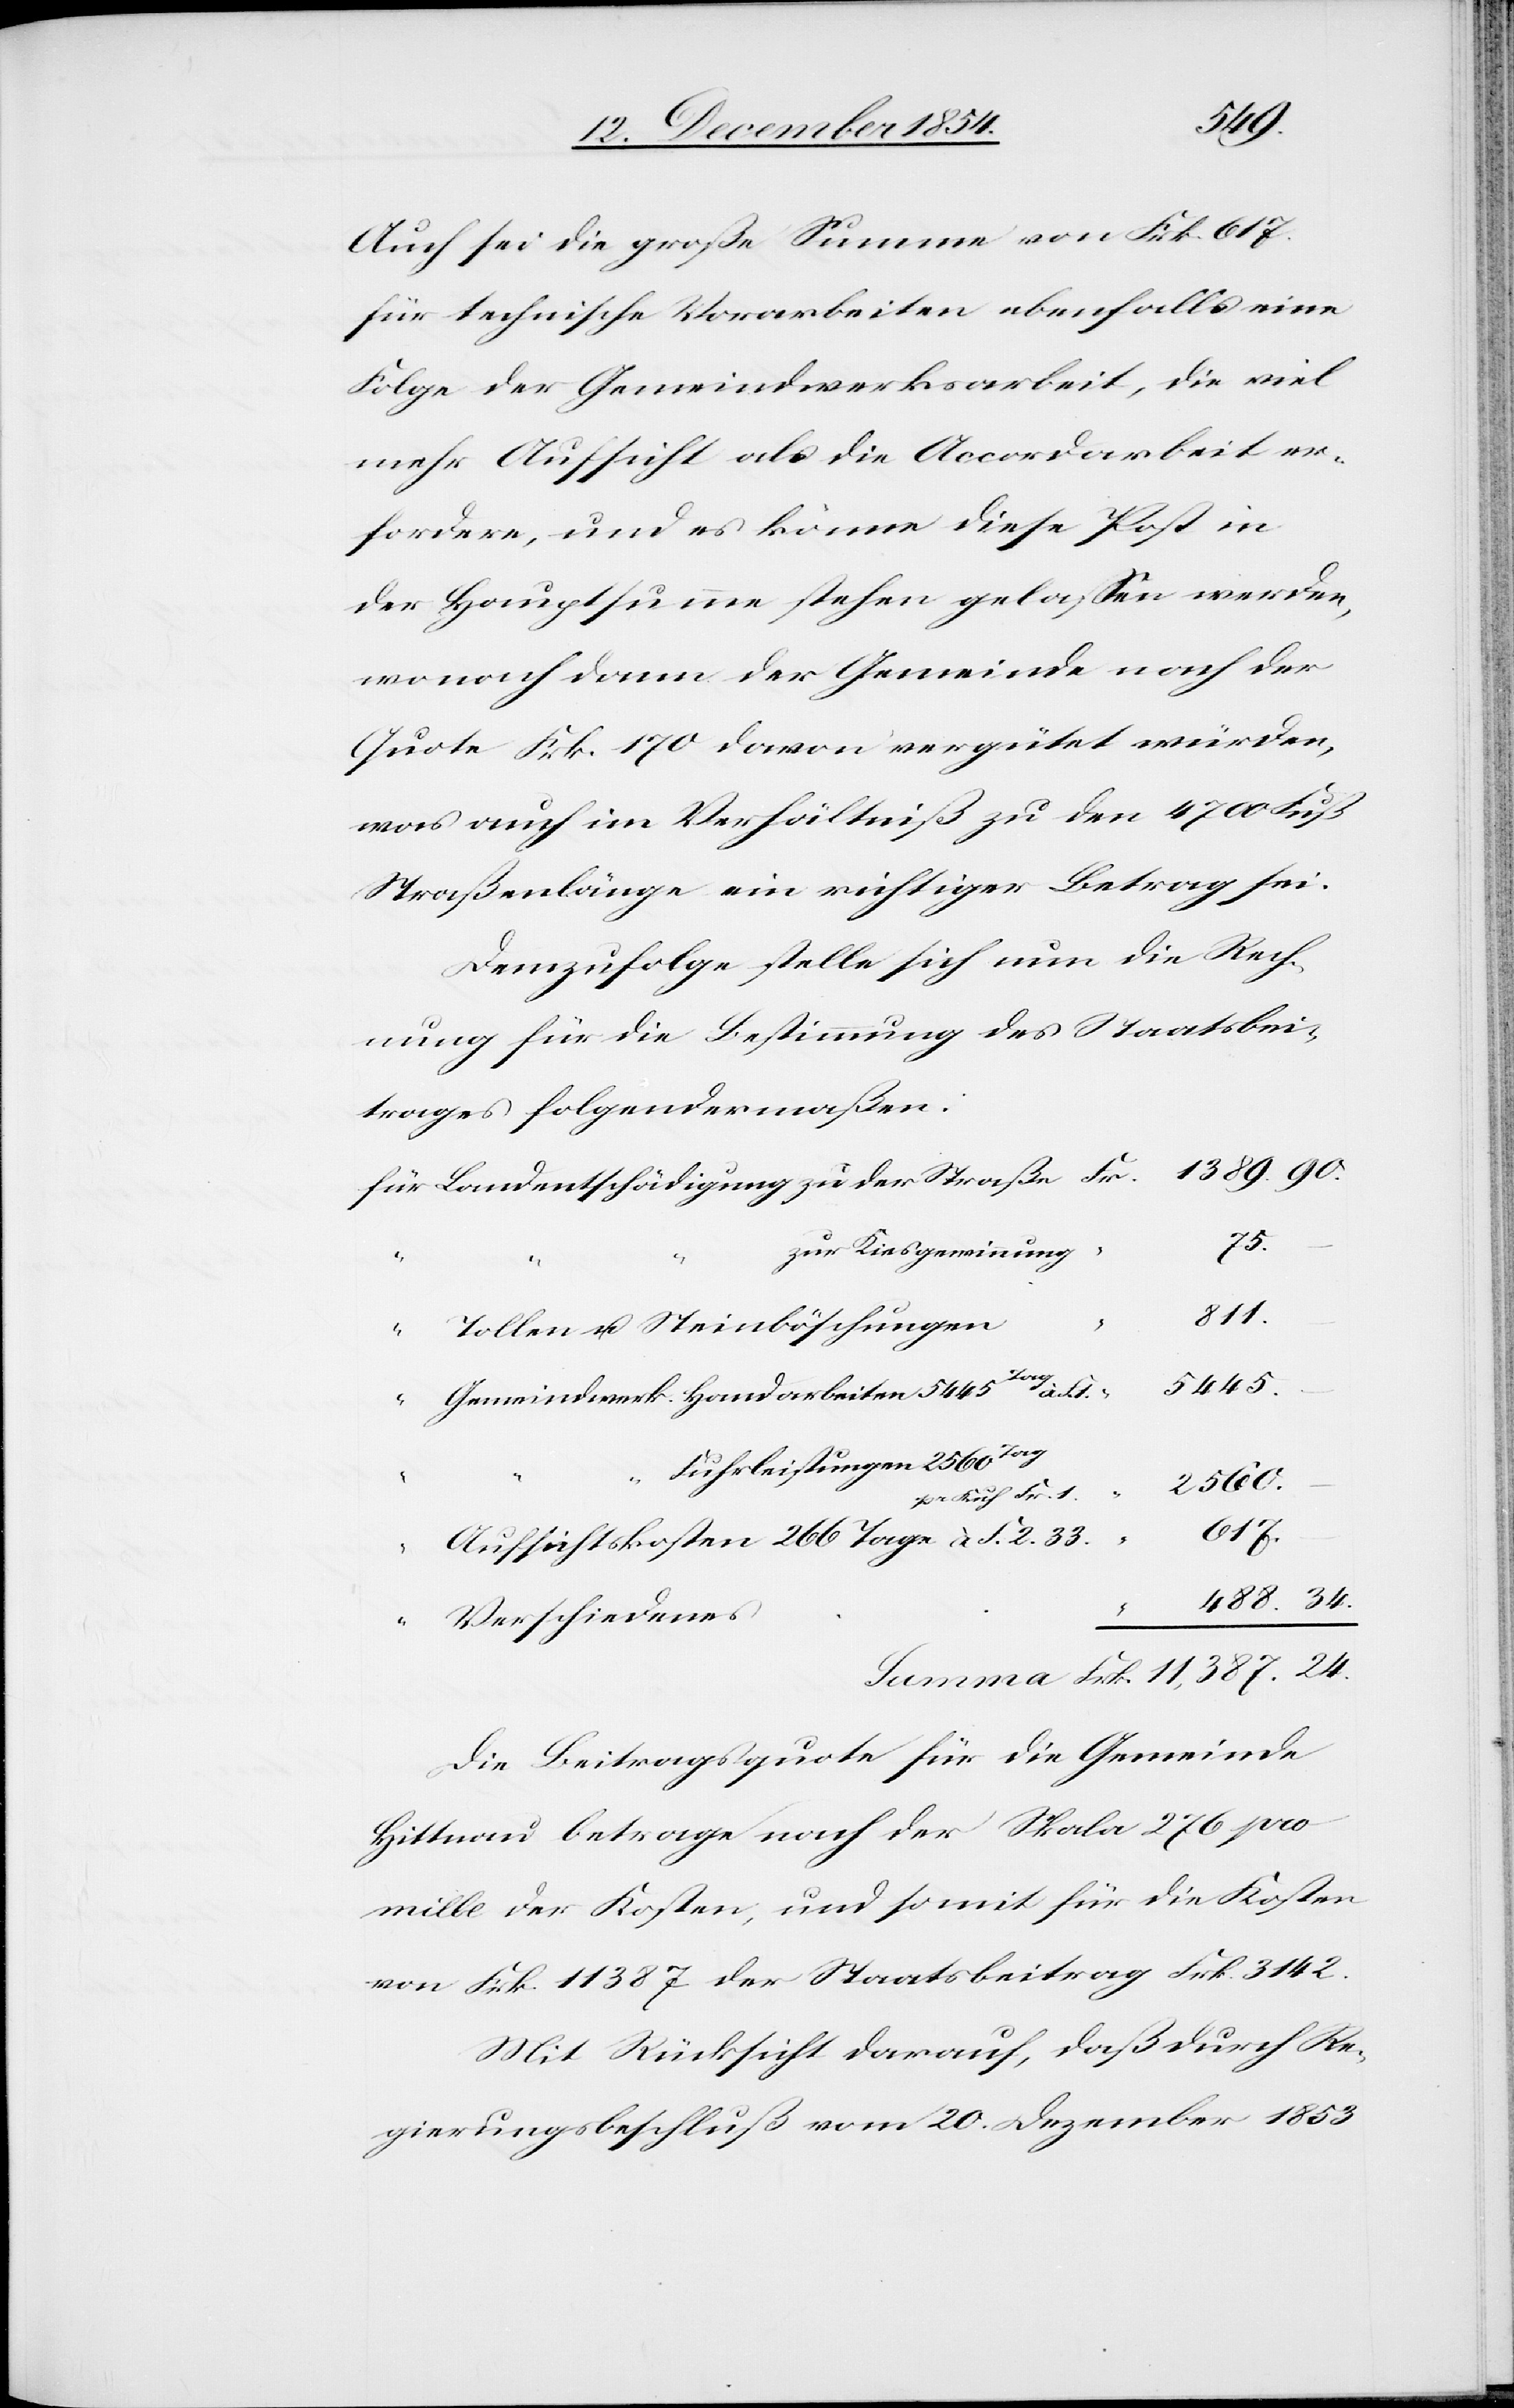
24.
Auch sei die große Summe von Frk. 617.
für technische Vorarbeiten ebenfalls eine
Folge der Gemeindwerksarbeit, die viel
mehr Aufsicht als die Accordarbeit er¬
fordere, und es könne diese Post in
der Hauptsumme stehen gelaßen werden,
wonach dann der Gemeinde nach der
Quote Frk. 170 davon vergütet würden,
was auch im Verhältniß zu den 4700 Fuß
Straßenlänge ein richtiger Betrag sei.
Demzufolge stelle sich nun die Rech¬
nung für die Bestimmung des Staatsbei¬
trages folgendermaßen:
75.
zur Kiesgewinnung
34.
“
Tollen u. Steinböschungen
“
Gemeindwerk Handarbeiten 5445
“
2560.
pr Kuh Fr. 1.
11,387.
Aufsichtskosten 266 Tage à F. 2. 33.
der
–
Verschiedenes
Die Beitragsquote für die Gemeinde
Hittnau betrage nach der Skala 276 pro
mille der Kosten, und somit für die Kosten
von Frk. 11 387 der Staatsbeitrag Frk. 3142.
Mit Rücksicht darauf, daß durch Re¬
gierungsbeschluß vom 20. Dezember 1853